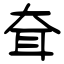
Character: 耷